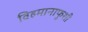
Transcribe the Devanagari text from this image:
विहमानाफुशी